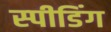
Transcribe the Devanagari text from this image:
स्‍पीडिंग